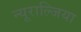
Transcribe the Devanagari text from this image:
न्यूराल्जिया